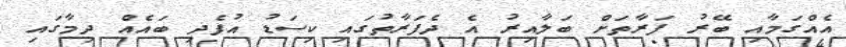
އެއްގަމާއި ބޭރު ފަރާތަށް ބަލާއިރު އެ ދެފަރާތުގައި ކިސަޑު އުފެދި ބައެއް ދިމާގައި